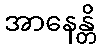
အာနေန္တိ